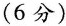
(6分)